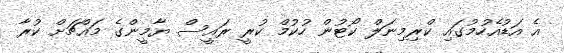
އެ އަޑުއެހުމުގައި ކްރިމިނަލް ކޯޓުން ހުކުމް ކުރީ ރައީސް ޔާމީންގެ މައްޗަށް ކުރާ